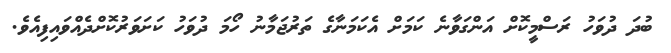
ބުދަ ދުވަހު ރަސްމީކޮށް އަންގަވާނެ ކަމަށް އެކަމަނާގެ ތަރުޖަމާނު ހޯމަ ދުވަހު ކަށަވަރުކޮށްދެއްވައިފިއެވެ.